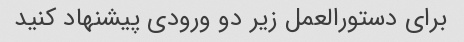
برای دستورالعمل زیر دو ورودی پیشنهاد کنید